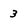
Character: 3